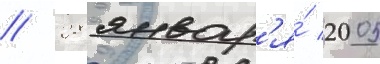
// 28 январ'я́ 2005